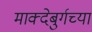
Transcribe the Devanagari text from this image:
माक्देबुर्गच्या